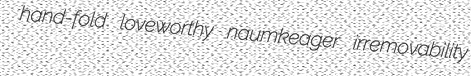
hand-fold loveworthy naumkeager irremovability